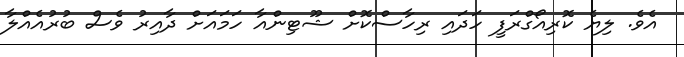
އެވެ. ލިޔެ ކޮރިއޯގްރަފީ ހަދައި ރިހާސްކޮށް ޝޫޓިންއާ ހަމައަށް ދާއިރު ވެސް ބުރުއެއްލާ